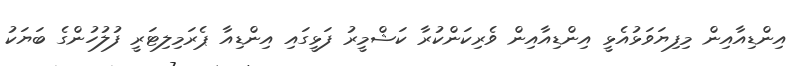
އިންޑިއާއިން މިފިޔަވަޅުއެޅީ އިންޑިއާއިން ވެރިކަންކުރާ ކަޝްމީރު ފަޅީގައި އިންޑިއާ ޕެރަމިލިޓަރީ ފުލުހުންގެ ބަޔަކު